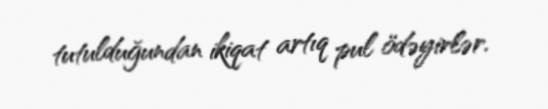
tutulduğundan ikiqat artıq pul ödəyirlər.